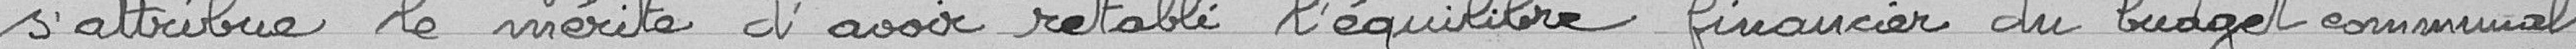
s'attribue le mérite d'avoir rétabli l'équilibre financier du budget communal;